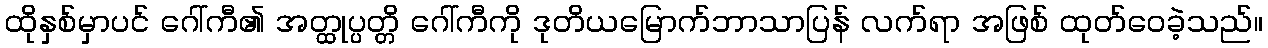
ထိုနှစ်မှာပင် ဂေါ်ကီ၏ အတ္ထုပ္ပတ္တိ ဂေါ်ကီကို ဒုတိယမြောက်ဘာသာပြန် လက်ရာ အဖြစ် ထုတ်ဝေခဲ့သည်။